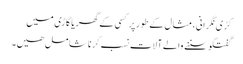
کڑی نگرانی، مثال کے طور پر کسی کے گھر یا گاڑی میں
گفتگو سننے والے آلات نسب کرنا شامل ھیں۔